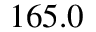
1 6 5 . 0